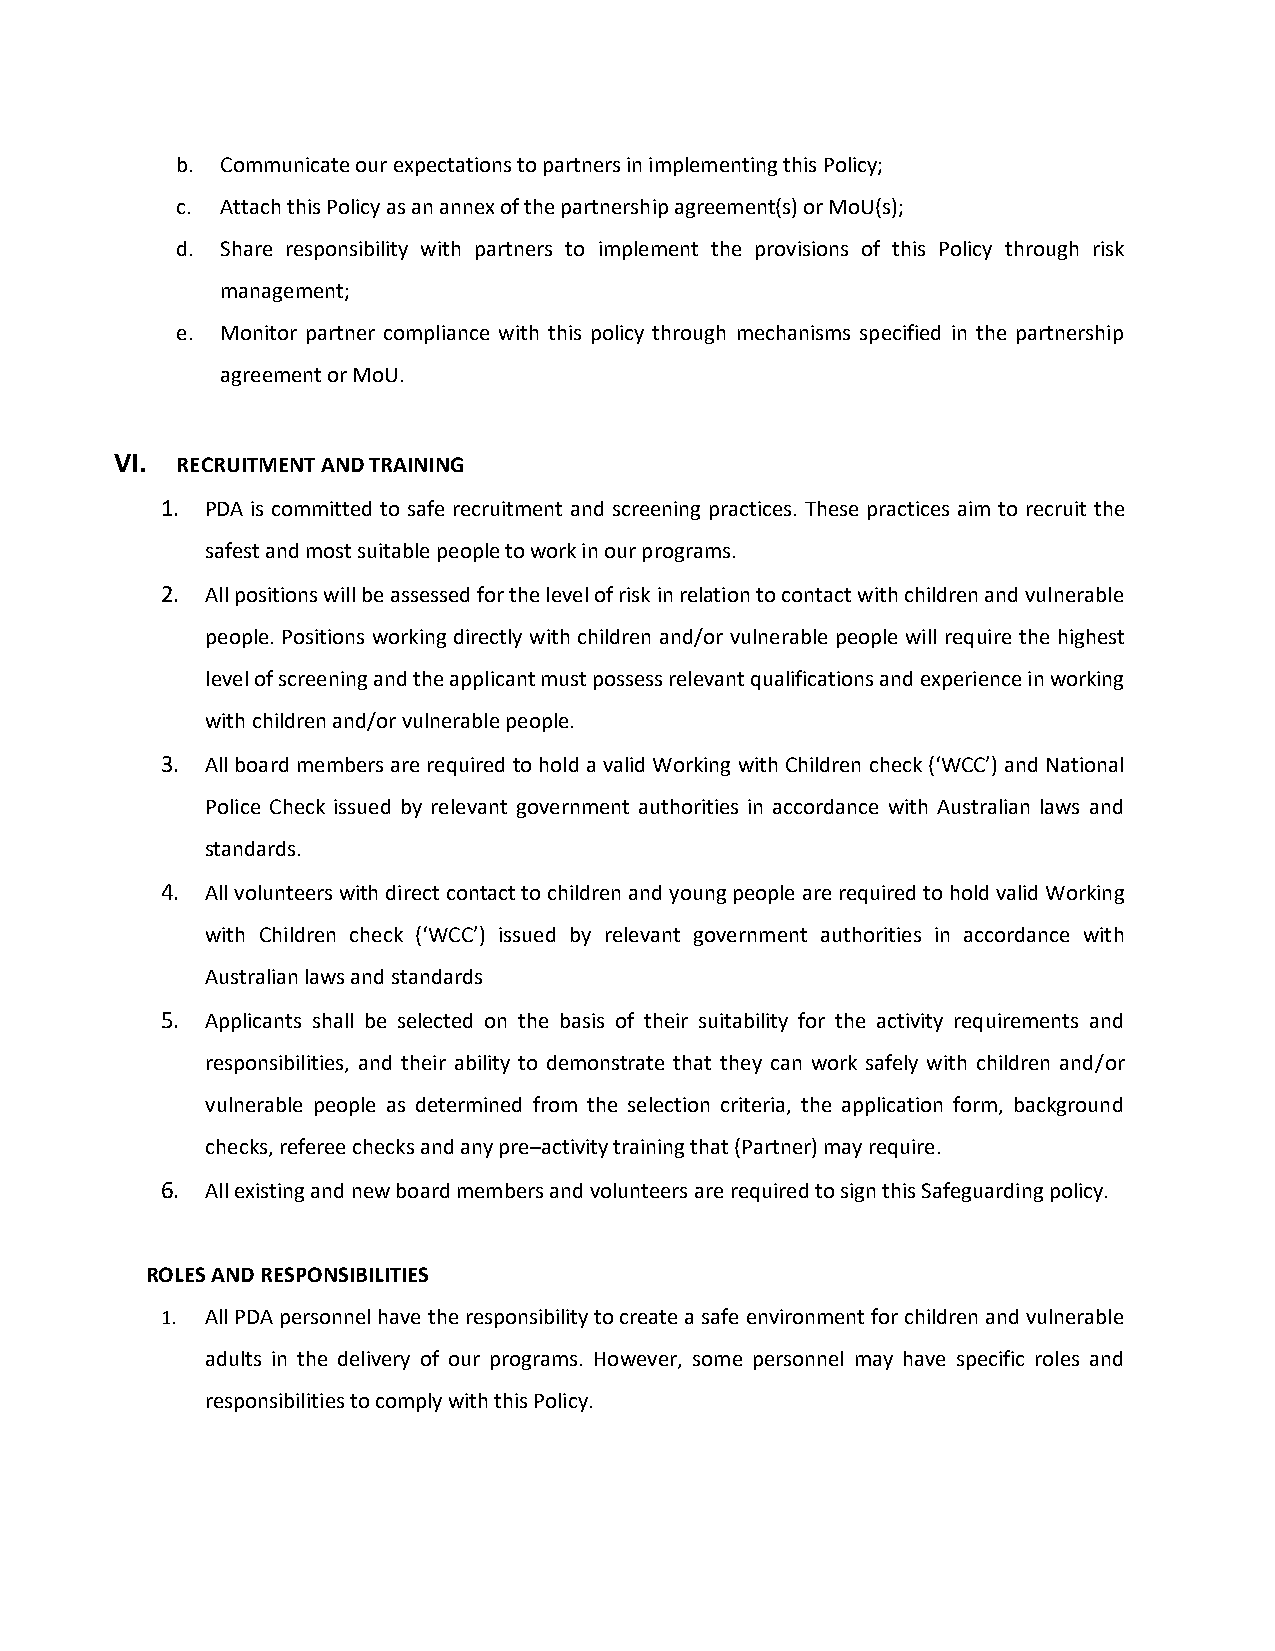
b. Communicate our expectations to partners in implementing this Policy;
 c. Attach this Policy as an annex of the partnership agreement(s) or MoU(s);
 d. Share responsibility with partners to implement the provisions of this Policy through risk
 management;
 e. Monitor partner compliance with this policy through mechanisms specified in the partnership
 agreement or MoU.
 VI. RECRUITMENT AND TRAINING
 1. PDA is committed to safe recruitment and screening practices. These practices aim to recruit the
 safest and most suitable people to work in our programs.
 2. All positions will be assessed for the level of risk in relation to contact with children and vulnerable
 people. Positions working directly with children and/or vulnerable people will require the highest
 level of screening and the applicant must possess relevant qualifications and experience in working
 with children and/or vulnerable people.
 3. All board members are required to hold a valid Working with Children check (‘WCC’) and National
 Police Check issued by relevant government authorities in accordance with Australian laws and
 standards.
 4. All volunteers with direct contact to children and young people are required to hold valid Working
 with Children check (‘WCC’) issued by relevant government authorities in accordance with
 Australian laws and standards
 5. Applicants shall be selected on the basis of their suitability for the activity requirements and
 responsibilities, and their ability to demonstrate that they can work safely with children and/or
 vulnerable people as determined from the selection criteria, the application form, background
 checks, referee checks and any pre–activity training that (Partner) may require.
 6. All existing and new board members and volunteers are required to sign this Safeguarding policy.
 ROLES AND RESPONSIBILITIES
 1. All PDA personnel have the responsibility to create a safe environment for children and vulnerable
 adults in the delivery of our programs. However, some personnel may have specific roles and
 responsibilities to comply with this Policy.